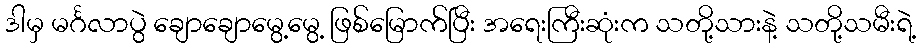
ဒါမှ မင်္ဂလာပွဲ ချောချောမွေ့မွေ့ ဖြစ်မြောက်ပြီး အရေးကြီးဆုံးက သတို့သားနဲ့ သတို့သမီးရဲ့